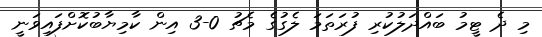
މި ދެ ޓީމު ބައްދަލުކުރި ފުރަތަމަ ލެގުގެ މެޗު 0-3 އިން ކާމިޔާބުކޮށްފައިވަނީ